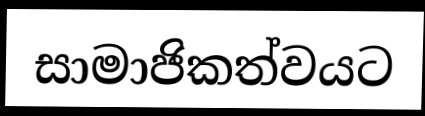
සාමාජිකත්වයට